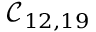
\mathcal { C } _ { 1 2 , 1 9 }